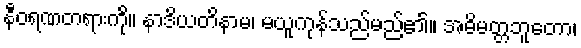
နီဝရဏတရားကို။ နာဒိယတိနာမ၊ မယူကုန်သည်မည်၏။ အဓိမတ္တဘူတော၊